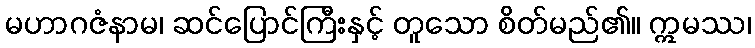
မဟာဂဇံနာမ၊ ဆင်ပြောင်ကြီးနှင့် တူသော စိတ်မည်၏။ ဣမဿ၊